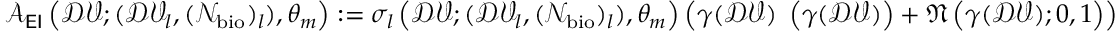
\begin{array} { r } { \mathcal { A } _ { \sf E I } \left( \mathcal { D V } ; ( \mathcal { D V } _ { l } , ( \mathcal { N } _ { \mathrm { b i o } } ) _ { l } ) , \theta _ { m } \right) : = \sigma _ { l } \left( \mathcal { D V } ; ( \mathcal { D V } _ { l } , ( \mathcal { N } _ { \mathrm { b i o } } ) _ { l } ) , \theta _ { m } \right) \left( \gamma ( \mathcal { D V } ) { \bf \Phi } \left( \gamma ( \mathcal { D V } ) \right) + \mathfrak { N } \left( \gamma ( \mathcal { D V } ) ; 0 , 1 \right) \right) } \end{array}